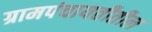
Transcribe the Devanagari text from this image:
ग्रामपंचायतीतील